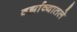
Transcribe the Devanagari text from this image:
वर्झाव्यातले